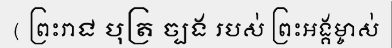
( ព្រះរាជ បុត្រ ច្បង របស់ ព្រះអង្គម្ចាស់